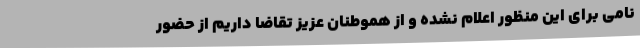
نامی برای این منظور اعلام نشده و از هموطنان عزیز تقاضا داریم از حضور